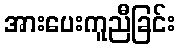
အားပေးကူညီခြင်း